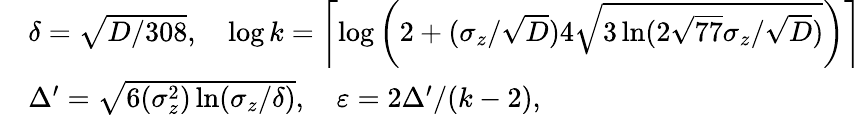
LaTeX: \begin{array}{rl}&{\delta=\sqrt{D/308},\quad\log k=\left\lceil\log\left(2+(\sigma_{z}/\sqrt{D})4\sqrt{3\ln(2\sqrt{77}\sigma_{z}/\sqrt{D})}\right)\right\rceil}\\ &{\Delta^{\prime}=\sqrt{6(\sigma_{z}^{2})\ln(\sigma_{z}/\delta)},\quad\varepsilon=2\Delta^{\prime}/(k-2),}\end{array}